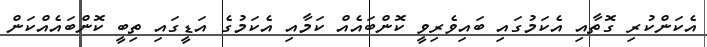
އެކަންކުރި ގޮތާއި އެކަމުގައި ބައިވެރިވީ ކޮންބައެއް ކަމާއި އެކަމުގެ އަޑީގައި ތިބީ ކޮންބައެއްކަން